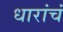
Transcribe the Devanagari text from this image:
धारांचं